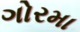
ગોરમા